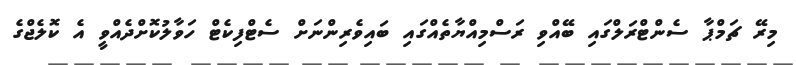
މިރޭ ޗަމްޕާ ސެންޓްރަލްގައި ބޭއްވި ރަސްމިއްޔާތެއްގައި ބައިވެރިންނަށް ސެޓްފިކެޓް ހަވާލުކޮށްދެއްވީ އެ ކޮލެޖްގެ